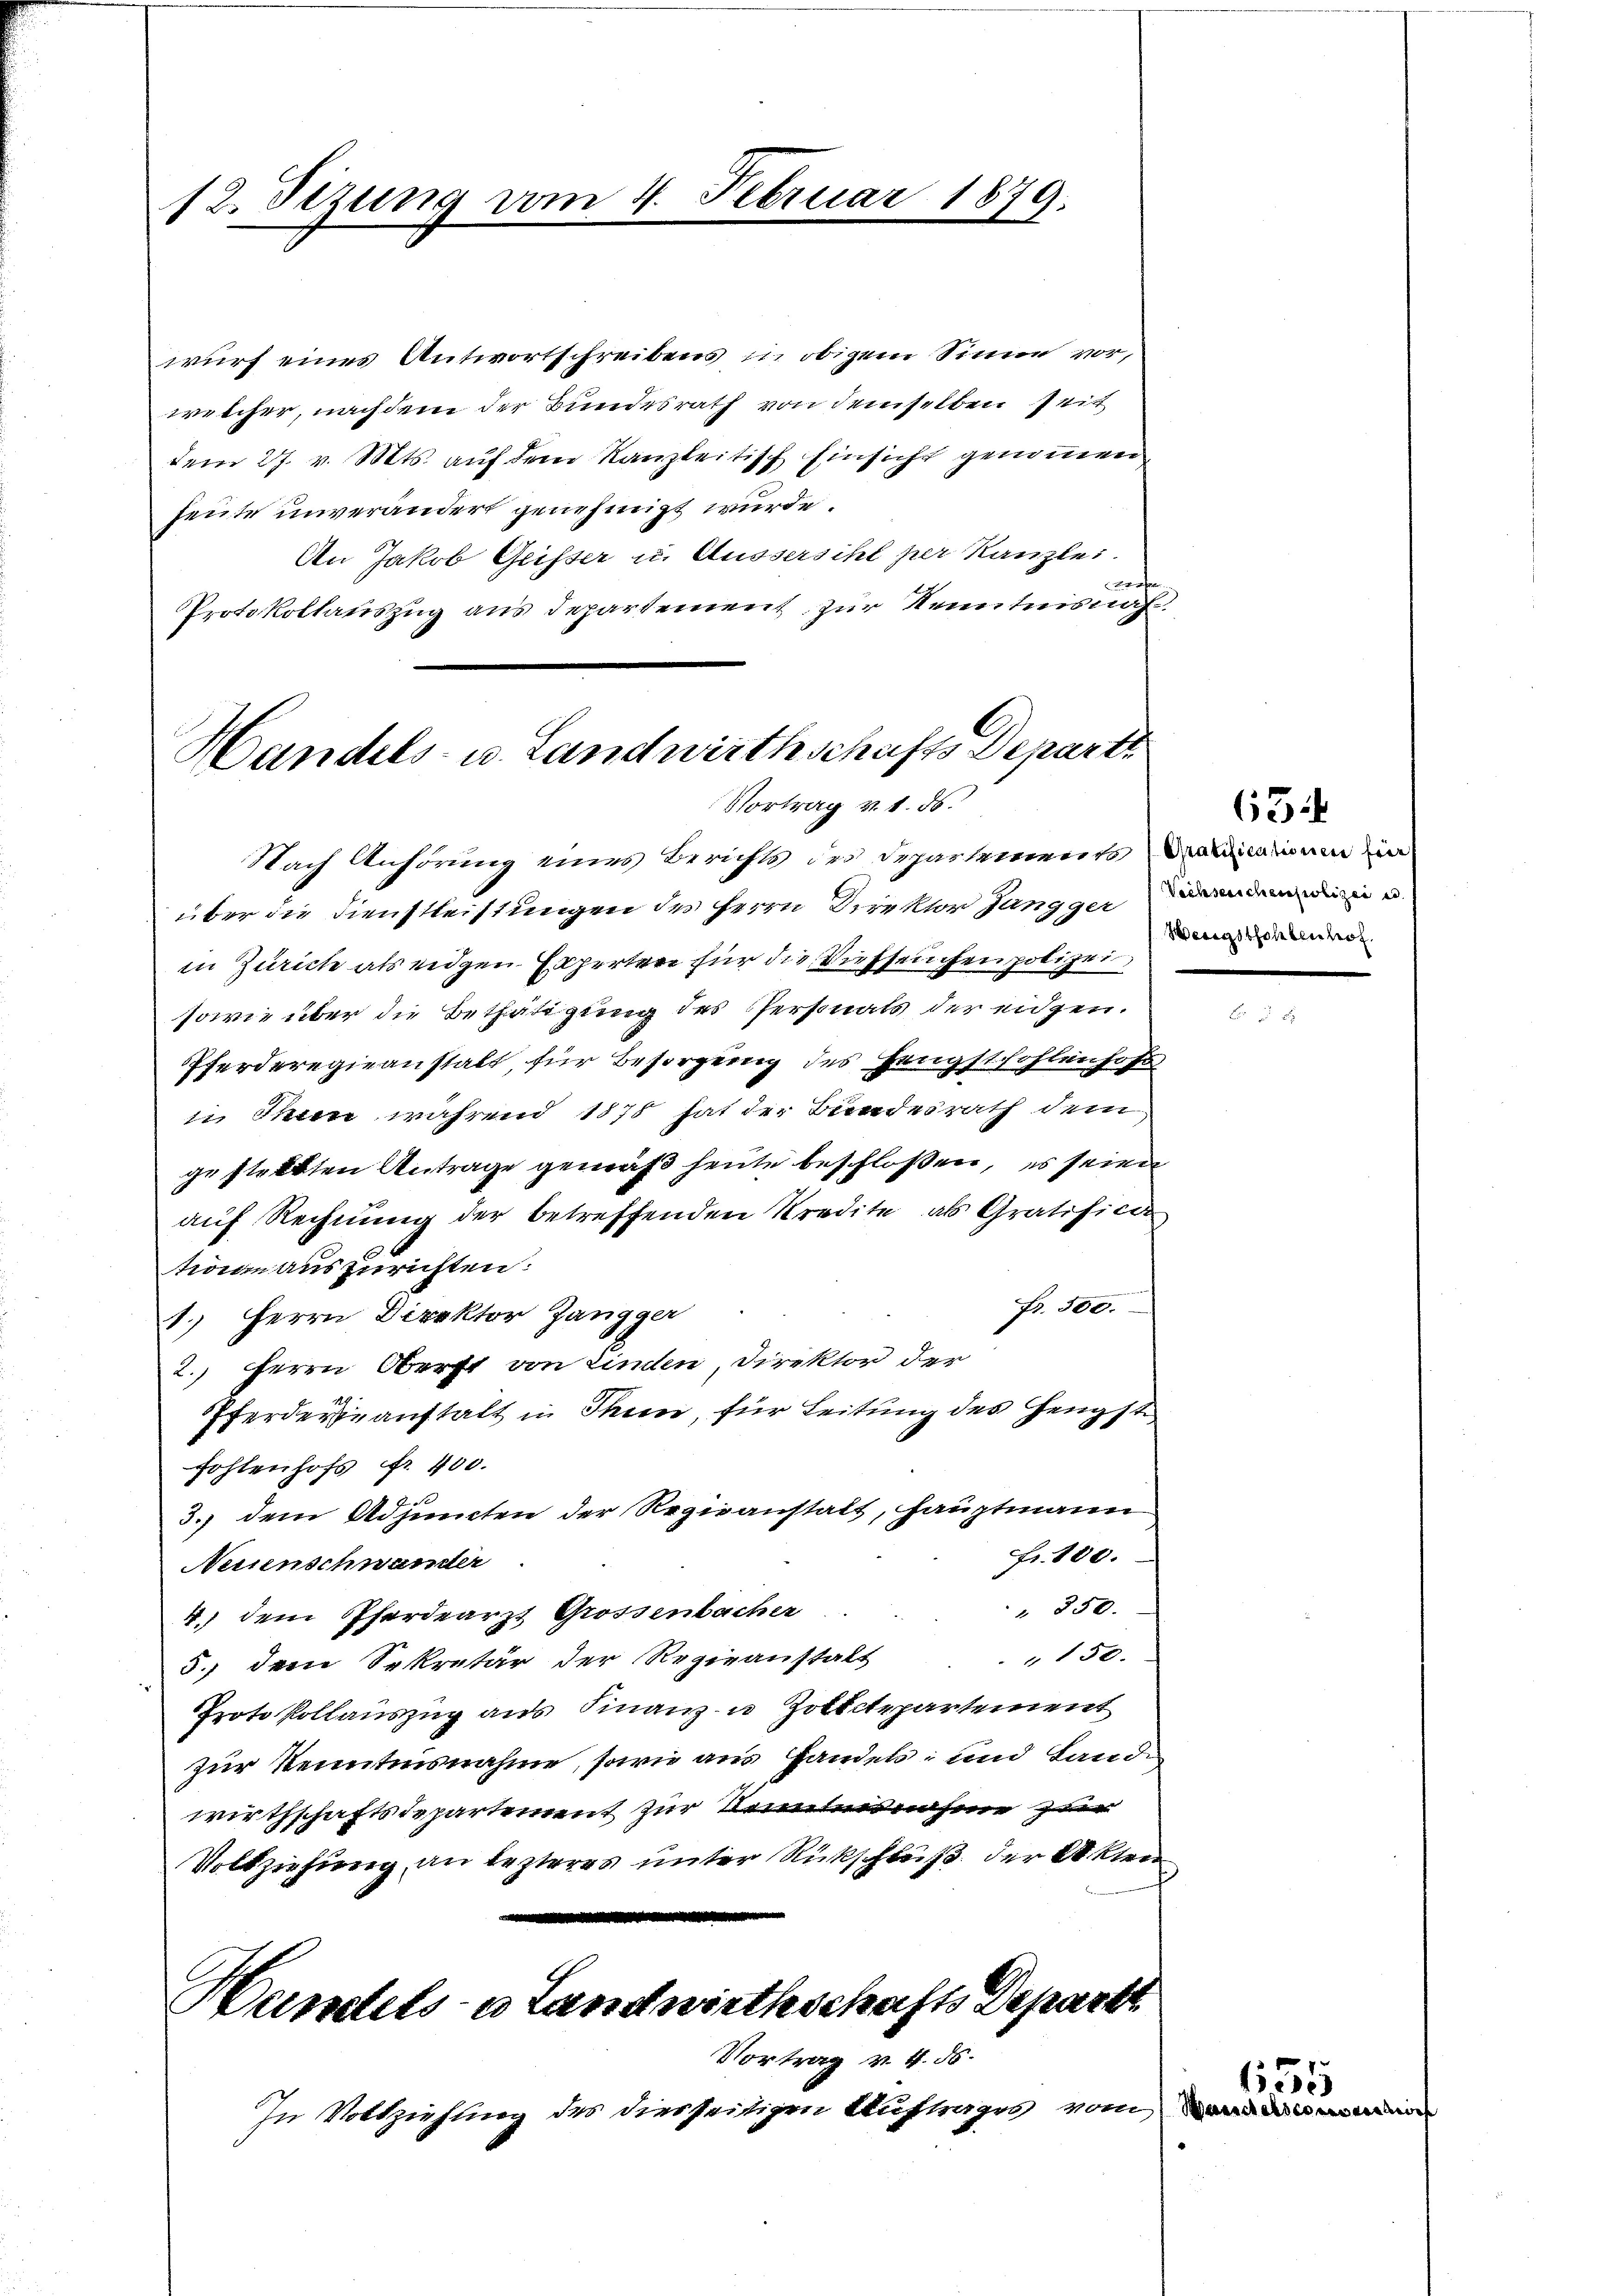
wurf eines Antwortschreibens in obigem Sinne vor,
welcher, nachdem der Bundesrath von demselben Zeit
dem 27. v. Mts. aŭf dem Kanzleitisch Einsicht genommen
heute unverändert genehmigt wurde.
An Jakob Geisser u. Äussersihl per Kanzlei.

Protokollauszug aus Departement zur Kenntnisnah

12. Sizung vom 4. Februar

Handels- u. Landwirthschafts Departe
Vortrag v. 1. 56.

Wandels- u Landwirthschafts Depart
Vortrag v. 4. 56.

1879.

Nach Anhörung eines Berichts des Departements einem in
über die Dienstleistungen des Herrn Direktor jung gernden u
in Zürich als eidgen. Experten für die Viehseuchen polizei
sowie über die Bethätigung des Personats der eidgen.
Pferderegieanstalt, für Besorgung des Hengstfohlenhofs
 sein wahrend 1875 hat der Bundesrath dem
gestellten Antrage gemäß heute beschloßen, es seien
auf Rechnung der betreffenden Kredite als Gratifica
troan auszurichten:
Fr. 300.
1.) Herrn Direktor Zangger
2. Herrn Oberst von Linden, Direktor der
Pferderte anstalt in Thun, für Leitung des Hengste
fohlenhofs fr. 400.

3. dem Adjuncten der Regieanstalt, Hauptmann
Fr. 100.
Nusenschwander
 850.
4. dem Pferdearzt Grossenbacher
 150.
5.) dem Sekretär der Regieanstalt
Protokollauszug aus Finanz- u Zolldepartement
zur Kenntnisnahme, sowie aus Handels; und Lande
wirthschaftsdepartement zur Kenntnisnahme zur
Vollziehung an lezteres unter Rückschluß der Akten

In Vollziehung des diesseitigen Auftrages vom

Wenigstsohlen hof

67

655
Waascheldes ander